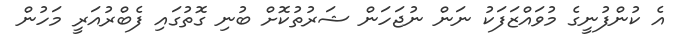
އެ ކުންފުނީގެ މުވައްޒަފަކު ނަން ނުޖަހަން ޝަރުތުކޮށް ބުނި ގޮތުގައި ފެބްރުއަރީ މަހުން